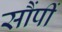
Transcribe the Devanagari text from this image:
सौंपीं